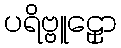
ပရိဗ္ဗူဠှော